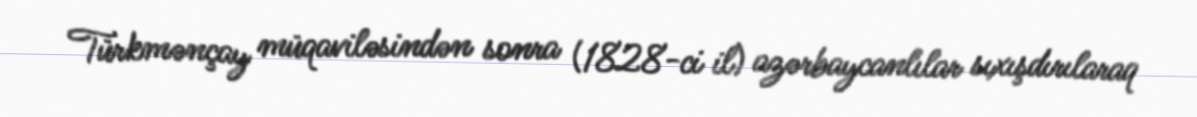
Türkmənçay müqaviləsindən sonra (1828-ci il) azərbaycanlılar sıxışdırılaraq